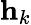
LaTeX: {\mathbf h}_{k}